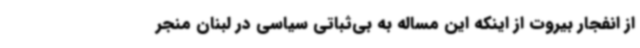
از انفجار بیروت از اینکه این مساله به بی‌ثباتی سیاسی در لبنان منجر